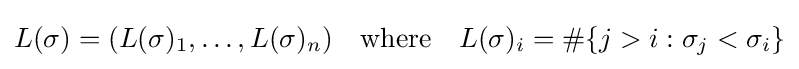
L(\sigma )=(L(\sigma )_{1},\ldots ,L(\sigma )_{n})\quad {\text{where}}\quad L(\sigma )_{i}=\#\{j>i:\sigma _{j}<\sigma _{i}\}